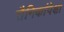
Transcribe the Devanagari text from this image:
सैनिकांपेक्षा